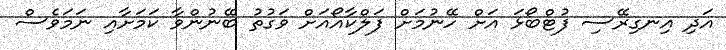
އަދި އިނގިރޭސި ފުޓްބޯޅަ އަށް ހޭނުމަށް ފަލްކާއޯއަށް ވަގުތު ބޭނުންވާ ކަމަށާއި ނަމަވެސް